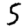
Digit: 5